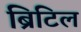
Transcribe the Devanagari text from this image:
ब्रिटिल